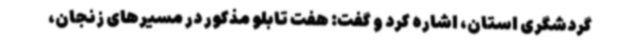
گردشگری استان، اشاره کرد و گفت: هفت تابلو مذکور در مسیرهای زنجان،